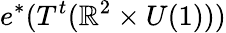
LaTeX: e^{*}(T^{t}(\mathbb{R}^{2}\times U(1)))